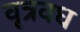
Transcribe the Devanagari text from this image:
वृत्रवध